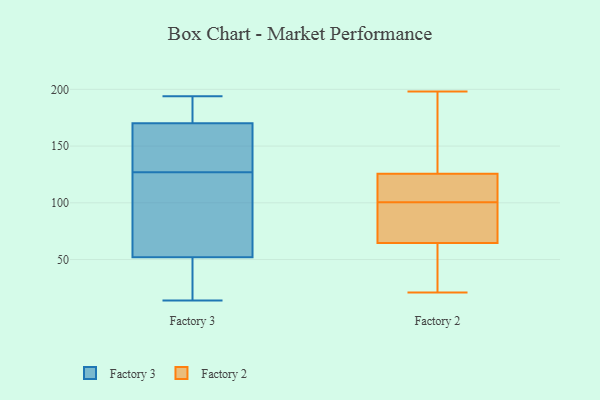
{"axis": {"x": "Gross Profit (USD K)", "y": "Value"}, "legend": ["Factory 2", "Factory 3"], "data": [{"x": "", "y": 189, "type": "Factory 3"}, {"x": "", "y": 122, "type": "Factory 3"}, {"x": "", "y": 149, "type": "Factory 3"}, {"x": "", "y": 62, "type": "Factory 3"}, {"x": "", "y": 36, "type": "Factory 3"}, {"x": "", "y": 52, "type": "Factory 3"}, {"x": "", "y": 36, "type": "Factory 3"}, {"x": "", "y": 119, "type": "Factory 3"}, {"x": "", "y": 170, "type": "Factory 3"}, {"x": "", "y": 194, "type": "Factory 3"}, {"x": "", "y": 14, "type": "Factory 3"}, {"x": "", "y": 135, "type": "Factory 3"}, {"x": "", "y": 180, "type": "Factory 3"}, {"x": "", "y": 132, "type": "Factory 3"}, {"x": "", "y": 92, "type": "Factory 2"}, {"x": "", "y": 104, "type": "Factory 2"}, {"x": "", "y": 74, "type": "Factory 2"}, {"x": "", "y": 198, "type": "Factory 2"}, {"x": "", "y": 55, "type": "Factory 2"}, {"x": "", "y": 96, "type": "Factory 2"}, {"x": "", "y": 116, "type": "Factory 2"}, {"x": "", "y": 42, "type": "Factory 2"}, {"x": "", "y": 124, "type": "Factory 2"}, {"x": "", "y": 192, "type": "Factory 2"}, {"x": "", "y": 108, "type": "Factory 2"}, {"x": "", "y": 43, "type": "Factory 2"}, {"x": "", "y": 97, "type": "Factory 2"}, {"x": "", "y": 127, "type": "Factory 2"}, {"x": "", "y": 21, "type": "Factory 2"}, {"x": "", "y": 154, "type": "Factory 2"}]}